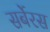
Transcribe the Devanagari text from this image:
सर्बेरस